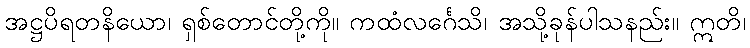
အဋ္ဌပိရတနိယော၊ ရှစ်တောင်တို့ကို။ ကထံလင်္ဂေသိ၊ အသို့ခုန်ပါသနည်း။ ဣတိ၊